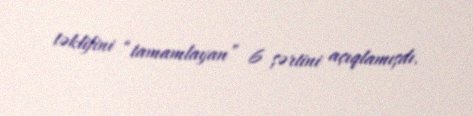
təklifini “tamamlayan” 6 şərtini açıqlamışdı.